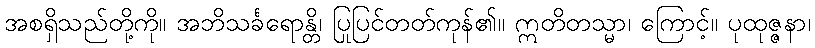
အစရှိသည်တို့ကို။ အဘိသင်္ခရောန္တိ၊ ပြုပြင်တတ်ကုန်၏။ ဣတိတသ္မာ၊ ကြောင့်။ ပုထုဇ္ဇနာ၊